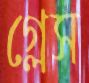
গ্লেস